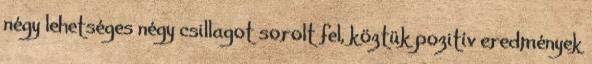
négy lehetséges négy csillagot sorolt ​​fel, köztük pozitív eredmények